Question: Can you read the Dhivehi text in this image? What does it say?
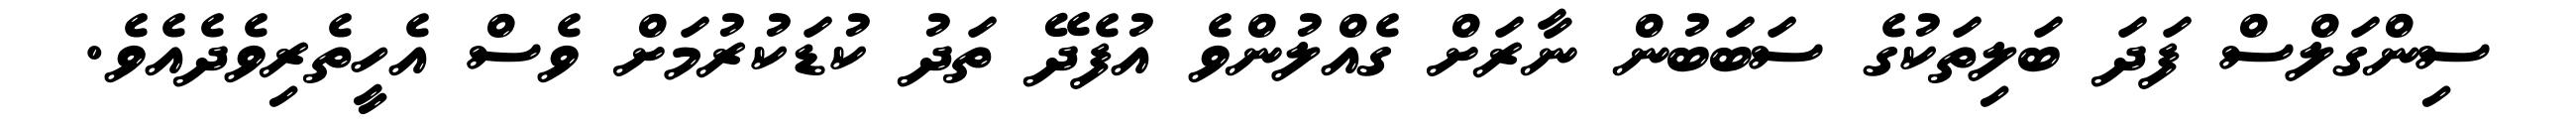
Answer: ސިންގަލްސް ފަދަ ބަލިތަކުގެ ސަބަބުން ނާރަށް ގެއްލުންވެ އުފެދޭ ތަދު ކުޑަކުރުމަށް ވެސް އެހީތެރިވެދެއެވެ.